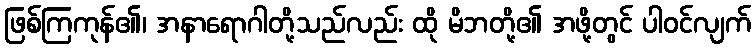
ဖြစ်ကြကုန်၏၊ အနာရောဂါတို့သည်လည်း ထို မိဘတို့၏ အဖို့တွင် ပါဝင်လျက်